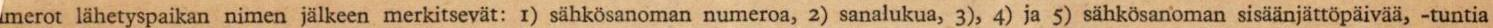
merot lähetyspaikan nimen jälkeen merkitsevät: I) sähkösanoman numeroa, 2) sanalukua, 3), 4) ja 5) sähkösanoman sisäänjättöpäivää, -tuntia